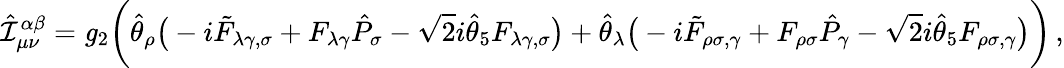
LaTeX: \hat{\cal I}_{\mu\nu}^{\alpha\beta}={\mathit g_{2}}\bigg(\hat{\theta}_{\rho}\big(-i\tilde{F}_{\lambda\gamma,\sigma}+F_{\lambda\gamma}\hat{P}_{\sigma}-{\sqrt 2}i\hat{\theta}_{5}F_{\lambda\gamma,\sigma}\big)+\hat{\theta}_{\lambda}\big(-i\tilde{F}_{\rho\sigma,\gamma}+F_{\rho\sigma}\hat{P}_{\gamma}-{\sqrt 2}i\hat{\theta}_{5}F_{\rho\sigma,\gamma}\big)\bigg)\, ,